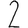
Digit: 2